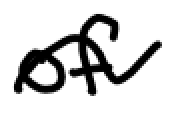
Text: of
Cross-out: wave
Writing tool: digital_black